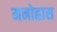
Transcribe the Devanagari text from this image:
मनोह्रास